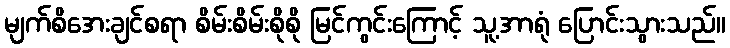
မျက်စိအေးချင်စရာ စိမ်းစိမ်းစိုစို မြင်ကွင်းကြောင့် သူ့အာရုံ ပြောင်းသွားသည်။